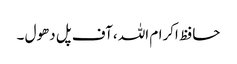
حافظ اکرام اللہ ،آف پل دھول ۔